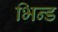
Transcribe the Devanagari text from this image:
भिन्ड